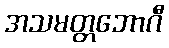
အသမတ္တဘောဂီ